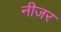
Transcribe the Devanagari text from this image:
नीजर